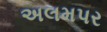
અલમપર